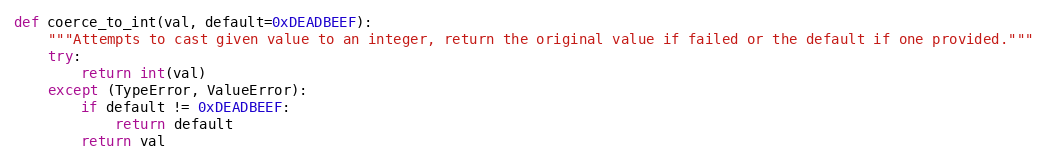
Language: Python
def coerce_to_int(val, default=0xDEADBEEF):
    """Attempts to cast given value to an integer, return the original value if failed or the default if one provided."""
    try:
        return int(val)
    except (TypeError, ValueError):
        if default != 0xDEADBEEF:
            return default
        return val